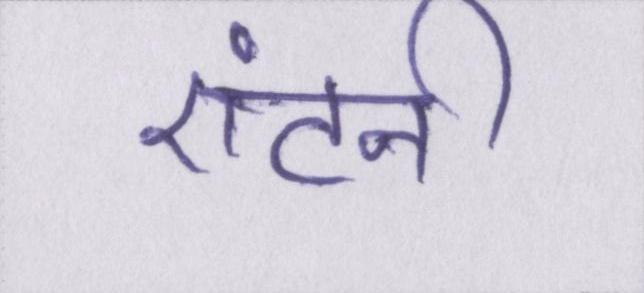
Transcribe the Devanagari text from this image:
एंटनी